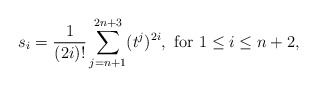
\begin{align*} s_{i}=\frac{1}{(2i)!}\sum_{j=n+1}^{2n+3}(t^j)^{2i},\ \mbox{for}\ 1\leq i\leq n+2,\end{align*}